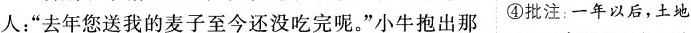
人：“去年您送我的麦子至今还没吃完呢。”小牛抱出那 ④批注：一年以后，土地